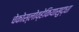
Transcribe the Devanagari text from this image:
चेकोस्लोव्हेकियासुद्धा